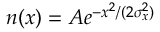
n ( x ) = A e ^ { - x ^ { 2 } / ( 2 \sigma _ { x } ^ { 2 } ) }